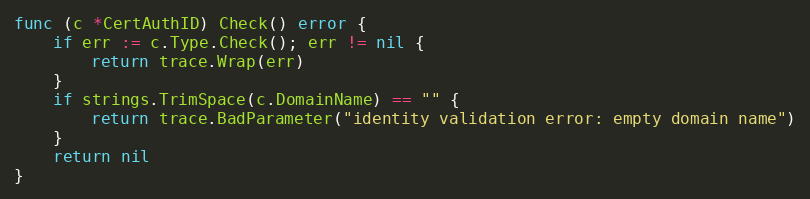
Language: Go
func (c *CertAuthID) Check() error {
	if err := c.Type.Check(); err != nil {
		return trace.Wrap(err)
	}
	if strings.TrimSpace(c.DomainName) == "" {
		return trace.BadParameter("identity validation error: empty domain name")
	}
	return nil
}